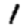
Digit: 1